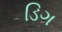
ડિગ